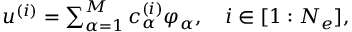
\begin{array} { r } { u ^ { ( i ) } = \sum _ { \alpha = 1 } ^ { M } c _ { \alpha } ^ { ( i ) } \varphi _ { \alpha } , \quad i \in [ 1 : N _ { e } ] , } \end{array}